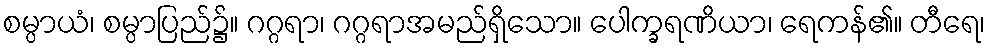
စမ္ပာယံ၊ စမ္ပာပြည်၌။ ဂဂ္ဂရာ၊ ဂဂ္ဂရာအမည်ရှိသော။ ပေါက္ခရဏိယာ၊ ရေကန်၏။ တီရေ၊